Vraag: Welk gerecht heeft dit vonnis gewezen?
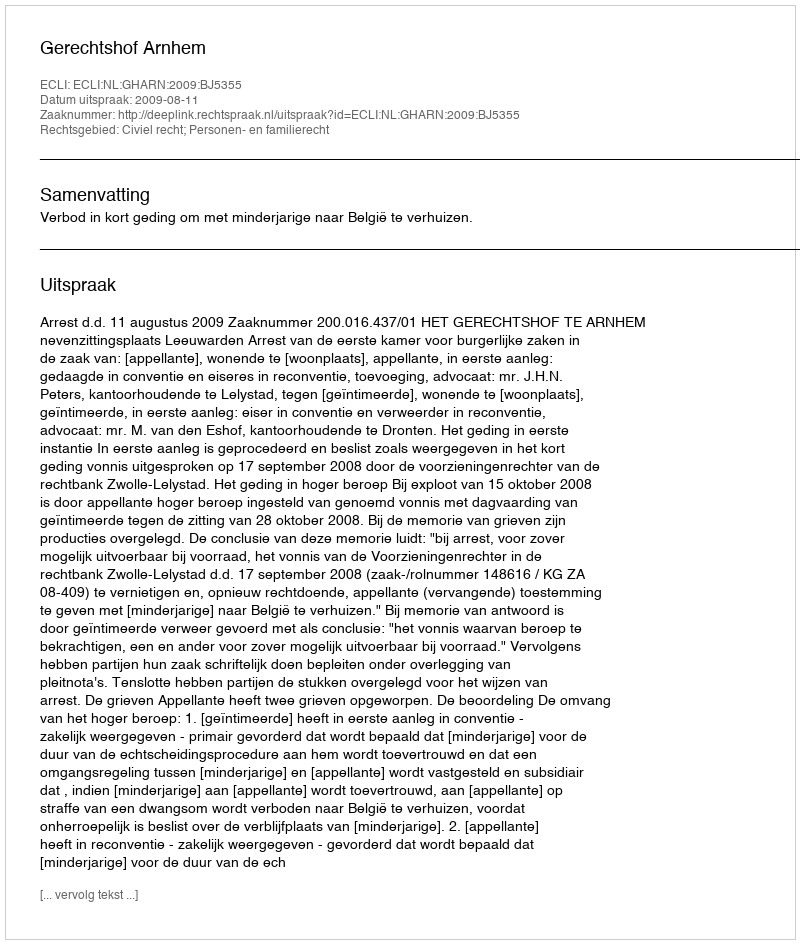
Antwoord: Gerechtshof Arnhem